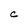
Character: c